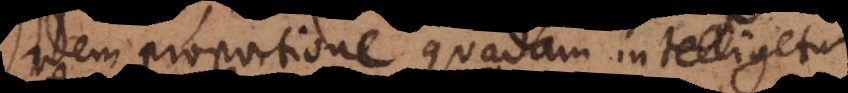
idem proportione quadam intelligetur